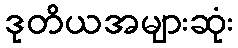
ဒုတိယအများဆုံး